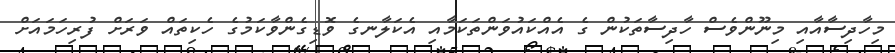
މިހާދިސާއާއި މިނޫންވެސް ހާދިސާތަކުން ގެ އެއްކައުވަންތަކަމާއި އެކަލާނގެ ވޮޑިގެންވާކަމުގެ ހެކިތައް ވަރަށް ފުރިހަމައަށް